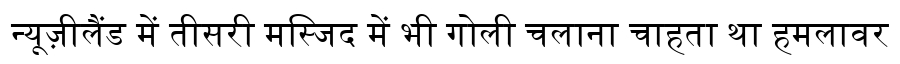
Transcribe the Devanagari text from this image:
न्यूज़ीलैंड में तीसरी मस्जिद में भी गोली चलाना चाहता था हमलावर